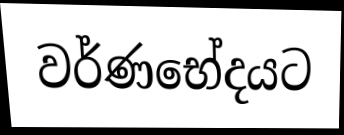
වර්ණභේදයට